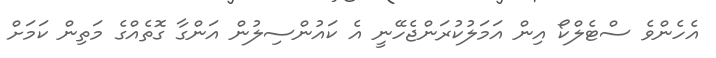
އެހެންވެ ސްޓެލްކޯ އިން އަމަލުކުރަންޖެހޭނީ އެ ކައުންސިލުން އަންގާ ގޮތެއްގެ މަތިން ކަމަށް